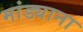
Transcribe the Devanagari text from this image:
मांड्याना